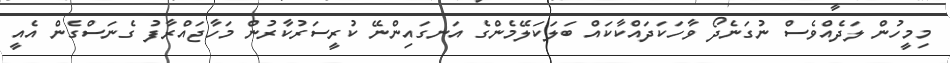
މިމީހުން ލަދެއްވެސް ނުގަނެދޯ ވާހަކަދައްކާކައް ބަލަކަލޭމެންގެ އަނގައިންނޭ ކުރީސަރުކާރުން މަހާޖައްރާފު ގެނަސްގެން އެއީ